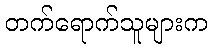
တက်ရောက်သူများက